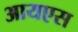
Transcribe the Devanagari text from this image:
आयएस